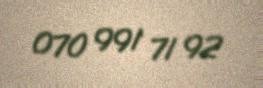
070 991 71 92